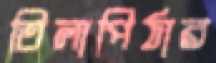
তিলাপিঠার